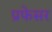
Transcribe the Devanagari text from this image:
प्रफेसर